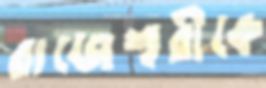
রাজেশ্বরীকে